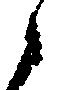
候